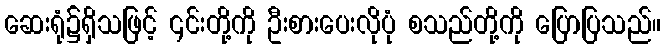
ဆေးရုံ၌ရှိသဖြင့် ၎င်းတို့ကို ဦးစားပေးလိုပုံ စသည်တို့ကို ပြောပြသည်။